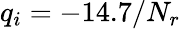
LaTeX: q_{i}=-14.7/N_{r}